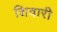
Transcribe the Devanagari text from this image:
शिवारी